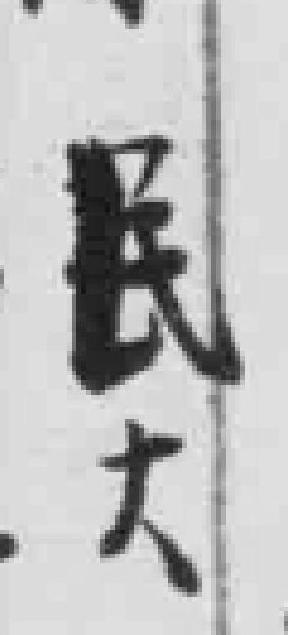
民大